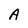
Character: A